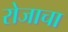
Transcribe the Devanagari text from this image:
रोजाचा